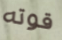
قوته